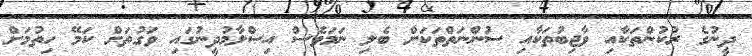
ދީނުގެ ރުކުންތަކާއި ވާޖިބުތަކާއި ސުންނަތްތަކަށް ބެލި ނަމަވެސް އިސްލާމުދީނުގައި ވަގުތަށް ކަމޭ ހިތުމަށް